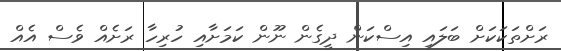
ރަށްތަކަކަށް ބަލައި އިސްކަން ދީގެން ނޫން ކަމަށާއި ހުރިހާ ރަށެއް ވެސް އެއް